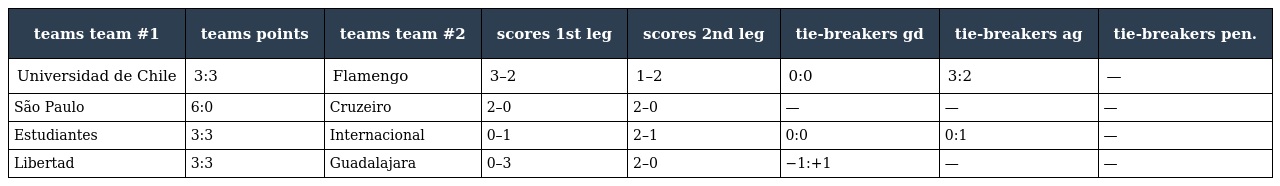
| teams team #1 | teams points | teams team #2 | scores 1st leg | scores 2nd leg | tie-breakers gd | tie-breakers ag | tie-breakers pen. |
 | --- | --- | --- | --- | --- | --- | --- | --- |
 | Universidad de Chile | 3:3 | Flamengo | 3–2 | 1–2 | 0:0 | 3:2 | — |
 | São Paulo | 6:0 | Cruzeiro | 2–0 | 2–0 | — | — | — |
 | Estudiantes | 3:3 | Internacional | 0–1 | 2–1 | 0:0 | 0:1 | — |
 | Libertad | 3:3 | Guadalajara | 0–3 | 2–0 | −1:+1 | — | — |